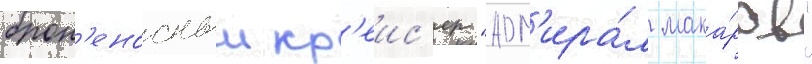
брон'еносныи кр'еис'ер "адм'ира́л мака́ров"